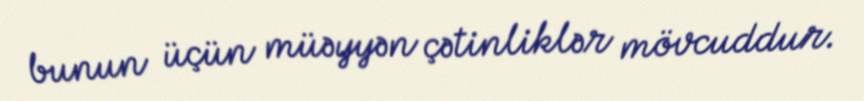
bunun üçün müəyyən çətinliklər mövcuddur.